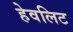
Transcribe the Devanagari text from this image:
हेवलिट